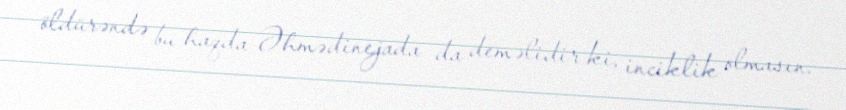
öldürəndə bu haqda Əhmədinejada da deməlidir ki, inciklik olmasın.